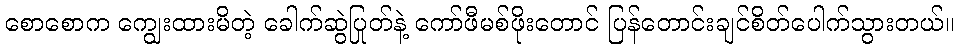
စောစောက ကျွေးထားမိတဲ့ ခေါက်ဆွဲပြုတ်နဲ့ ကော်ဖီမစ်ဖိုးတောင် ပြန်တောင်းချင်စိတ်ပေါက်သွားတယ်။